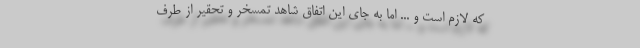
که لازم است و ... اما به جای این اتفاق شاهد تمسخر و تحقیر از طرف